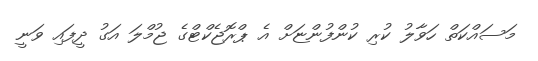
މަސައްކަތް ހަވާލު ކުރި ކުންފުންޏަށް އެ ޕްރޮޖެކްޓްގެ ޖުމްލަ އަގު ދީފައި ވަނީ